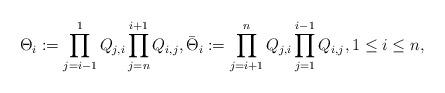
LaTeX: \begin{gather*}\Theta_i:=\prod_{j=i-1}^{1}Q_{j,i}\prod_{j=n}^{i+1}Q_{i,j}, \bar \Theta_{i}:= \prod_{j=i+1}^{n}Q_{j,i}\prod_{j=1}^{i-1}Q_{i,j}, 1 \le i \le n,\end{gather*}